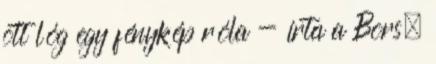
ott lóg egy fénykép róla - írta a Bors.